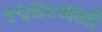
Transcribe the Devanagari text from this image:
१५४०मध्ये